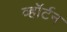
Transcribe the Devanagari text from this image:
व्हॉर्टन